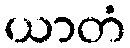
ယာတံ